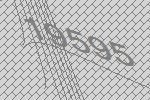
19595